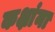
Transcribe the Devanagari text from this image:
कक्षांना